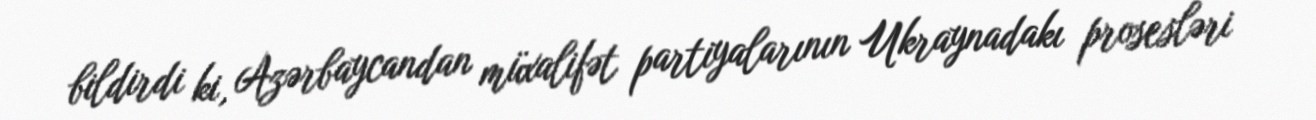
bildirdi ki, Azərbaycandan müxalifət partiyalarının Ukraynadakı prosesləri